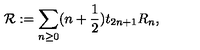
{ \cal R } : = \sum _ { n \geq 0 } ( n + \frac { 1 } { 2 } ) t _ { 2 n + 1 } R _ { n } ,